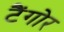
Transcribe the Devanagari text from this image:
टैंगोर